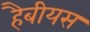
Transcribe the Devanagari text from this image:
हैबीयस